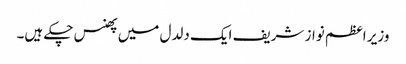
وزیر اعظم نواز شریف ایک دلدل میں پھنس چکے ہیں۔